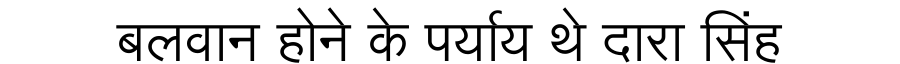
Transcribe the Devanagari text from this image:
बलवान होने के पर्याय थे दारा सिंह